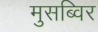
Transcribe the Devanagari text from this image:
मुसब्विर